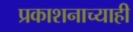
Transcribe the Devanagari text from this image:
प्रकाशनाच्याही